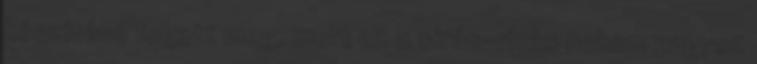
készítése fogott meg, mert ez a sírás-rívás nekem nagyon